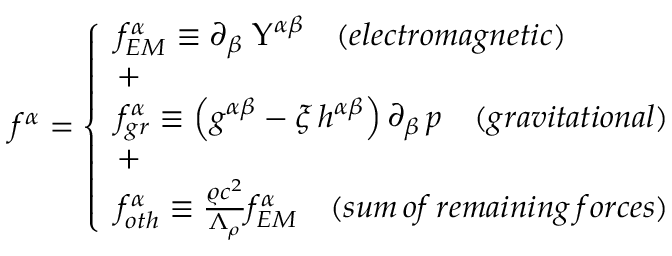
f ^ { \alpha } = \left\{ \begin{array} { l l } { f _ { E M } ^ { \alpha } \equiv \partial _ { \beta } \; \Upsilon ^ { \alpha \beta } \quad ( e l e c t r o m a g n e t i c ) } \\ { + } \\ { f _ { g r } ^ { \alpha } \equiv \left( g ^ { \alpha \beta } - \xi \, h ^ { \alpha \beta } \right) \partial _ { \beta } \, p \quad ( g r a v i t a t i o n a l ) } \\ { + } \\ { f _ { o t h } ^ { \alpha } \equiv \frac { \varrho c ^ { 2 } } { \Lambda _ { \rho } } f _ { E M } ^ { \alpha } \quad ( s u m \, o f \, r e m a i n i n g \, f o r c e s ) } \end{array} \right.